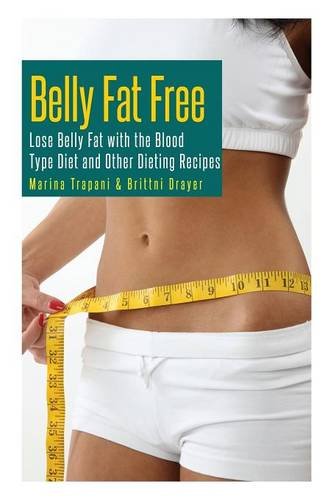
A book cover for Belly Fat Free: Lose Belly Fat with the Blood Type Diet and Other Dieting Recipes; Marina Trapani; Health, Fitness & Dieting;